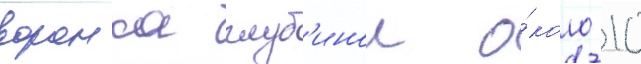
воронка глуб'инои о́коло 10